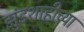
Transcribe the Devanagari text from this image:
झुंडशाहीच्या